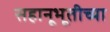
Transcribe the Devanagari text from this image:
सहानूभूतीच्या